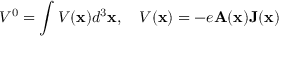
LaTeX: V ^ { 0 } = \int V ( { \bf x } ) d ^ { 3 } { \bf x } , \quad V ( { \bf x } ) = - e { \bf A } ( { \bf x } ) { \bf J } ( { \bf x } )